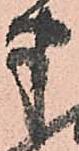
半